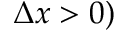
\Delta x > 0 )